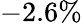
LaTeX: -2.6\%